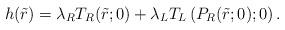
LaTeX: \begin{align*}h(\tilde{r}) = \lambda_R T_R(\tilde{r};0) + \lambda_L T_L \left( P_R(\tilde{r};0); 0 \right).\end{align*}